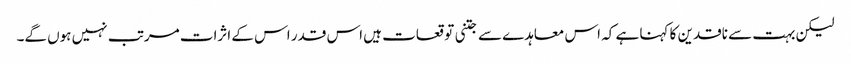
لیکن بہت سے ناقدین کا کہنا ہے کہ اس معاہدے سے جتنی توقعات ہیں اس قدر اس کے اثرات مرتب نہیں ہوں گے۔